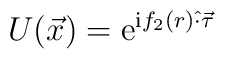
U(\vec x) = {\mathrm{e}}^{\mathrm{i} f_2(r) \hat\cdot\vec\tau}